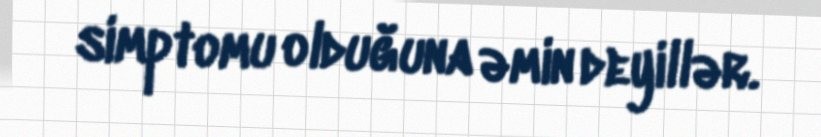
simptomu olduğuna əmin deyillər.